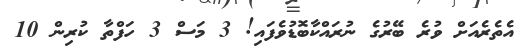
އެތެރެއަށް ވުރެ ބޭރުގެ ނުރައްކާބޮޑުވެފައި! 3 މަސް 3 ހަފްތާ ކުރިން 10